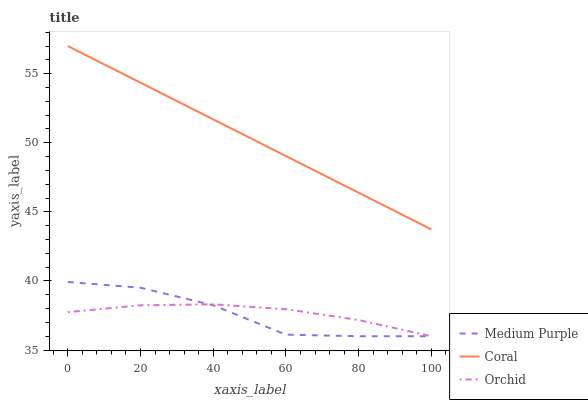
| xaxis_label | Medium Purple | Coral | Orchid |
 | --- | --- | --- | --- |
 | 0 | 39.9 | 57 | 37.7 |
 | 20 | 39.5 | 54.3 | 38.2 |
 | 40 | 38.2 | 51.7 | 38.3 |
 | 60 | 36.1 | 49 | 38 |
 | 80 | 36 | 46.4 | 37.2 |
 | 100 | 36 | 43.7 | 36 |